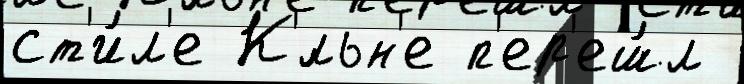
ст'и́л'е К'́льн'е п'ер'еш́л